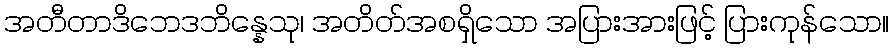
အတီတာဒိဘေဒဘိန္နေသု၊ အတိတ်အစရှိသော အပြားအားဖြင့် ပြားကုန်သော။